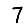
Digit: 7